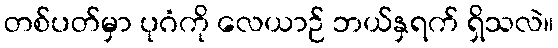
တစ်ပတ်မှာ ပုဂံကို လေယာဉ် ဘယ်နှရက် ရှိသလဲ။